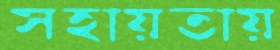
সহায়তায়